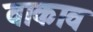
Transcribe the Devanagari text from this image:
वाकाव